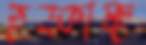
হড়্‌কাচ্ছ